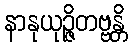
နာနုယုဉ္ဇိတဗ္ဗန္တိ